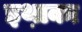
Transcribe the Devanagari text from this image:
इथ़ाका